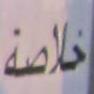
خلاصة